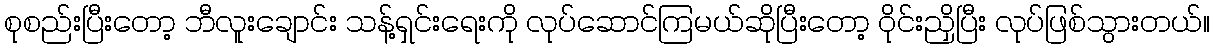
စုစည်းပြီးတော့ ဘီလူးချောင်း သန့်ရှင်းရေးကို လုပ်ဆောင်ကြမယ်ဆိုပြီးတော့ ဝိုင်းညှိပြီး လုပ်ဖြစ်သွားတယ်။